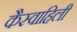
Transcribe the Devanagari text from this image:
कैस्वाहिली